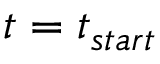
t = t _ { s t a r t }